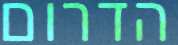
הדרום